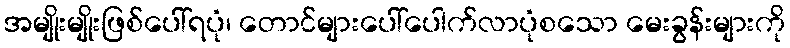
အမျိုးမျိုးဖြစ်ပေါ်ရပုံ၊ တောင်များပေါ်ပေါက်လာပုံစသော မေးခွန်းများကို